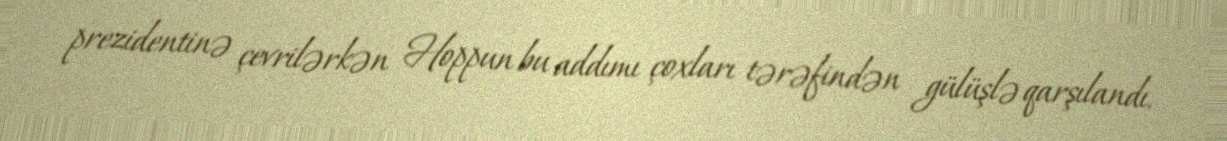
prezidentinə çevrilərkən Hoppun bu addımı çoxları tərəfindən gülüşlə qarşılandı.